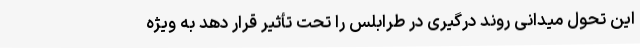
این تحول میدانی روند درگیری در طرابلس را تحت تأثیر قرار دهد به ویژه